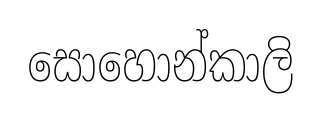
සොහොන්කාලි